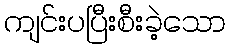
ကျင်းပပြီးစီးခဲ့သော